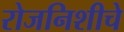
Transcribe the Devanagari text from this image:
रोजनिशीचे